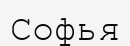
Софья